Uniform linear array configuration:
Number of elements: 12
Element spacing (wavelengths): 0.75
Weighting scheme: blackman
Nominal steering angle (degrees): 60
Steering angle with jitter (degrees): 60.248
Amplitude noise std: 0.05
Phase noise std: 0.05

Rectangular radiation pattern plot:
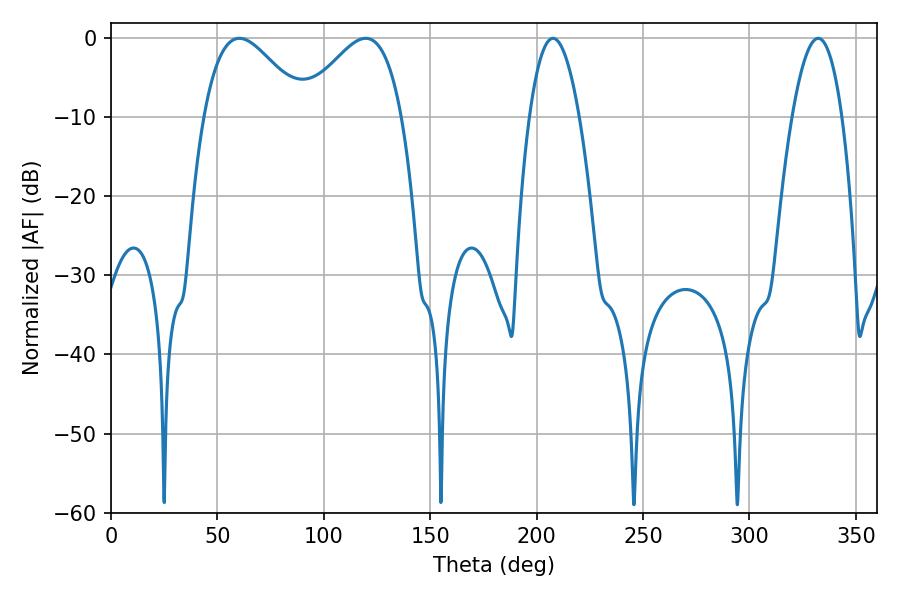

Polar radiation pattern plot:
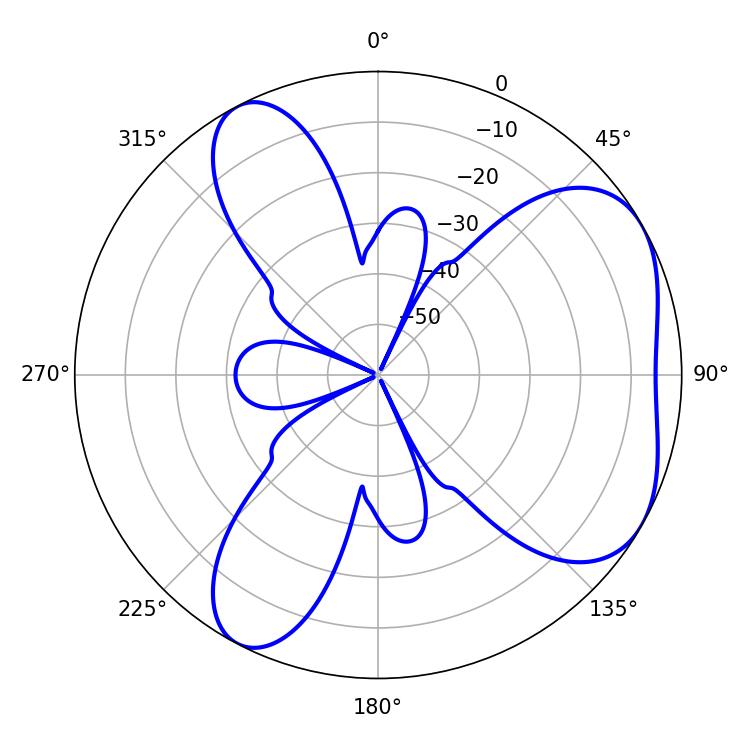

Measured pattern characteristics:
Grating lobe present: TRUE
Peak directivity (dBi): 4.993
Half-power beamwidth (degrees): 25.56
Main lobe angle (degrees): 60.3